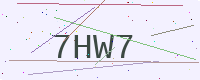
Text: 7HW7